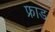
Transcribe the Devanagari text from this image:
फ्राड